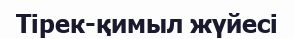
Тірек-қимыл жүйесі